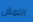
النمش